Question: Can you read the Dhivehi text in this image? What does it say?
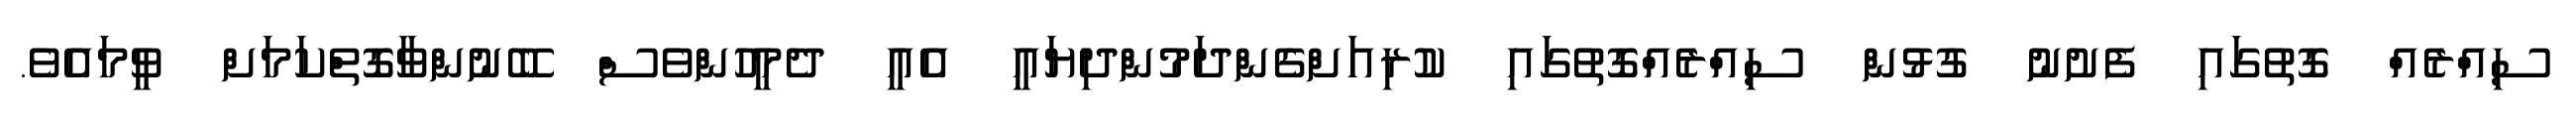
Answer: ސިއްރެއް ގޮތުގައި ފެށުނު ގުޅުން ސިއްރެއްގޮތުގައި ކުރިއަށްގެންދަމުންދިޔައީ އެއީ ދެމީހުންވެސް ބޭނުންވާގޮތްކަމަށް ވީމައެވެ.